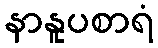
နာနူပစာရံ